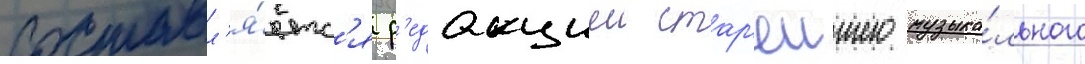
Составл'я́етс'я р'едакциеи стар'еишего музыка́льного